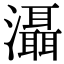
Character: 灄